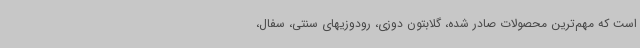
است که مهم‌ترین محصولات صادر شده، گلابتون دوزی، رودوزیهای سنتی، سفال،